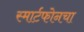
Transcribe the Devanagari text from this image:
स्मार्टफोनचा